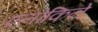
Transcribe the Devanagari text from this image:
एलोकिने